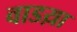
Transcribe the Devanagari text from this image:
वाडय़ा